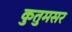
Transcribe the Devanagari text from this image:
कुतुमसर